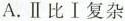
A.Ⅱ比Ⅰ复杂